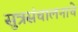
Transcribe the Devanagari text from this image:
सुत्रसंचालनाचे